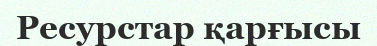
Ресурстар қарғысы